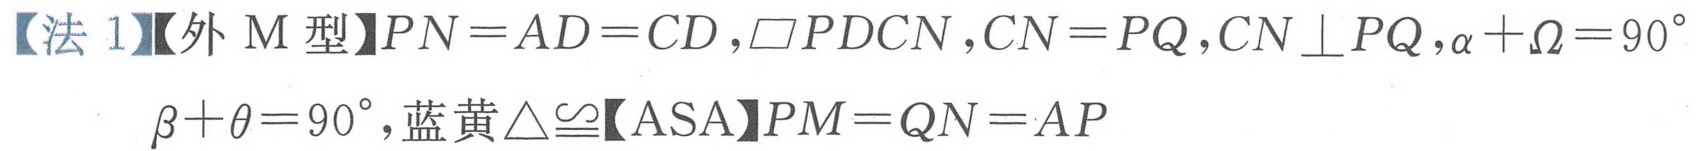
【法 1】【外\(M\)型】\(PN = AD = CD\)，\(\square PDCN\)，\(CN = PQ\)，\(CN\perp PQ\)，\(\alpha+\Omega = 90^{\circ}\)
\(\beta+\theta = 90^{\circ}\)，蓝黄\(\triangle\cong\)【ASA】\(PM = QN = AP\)